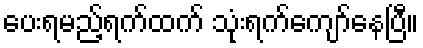
ပေးရမည့်ရက်ထက် သုံးရက်ကျော်နေပြီ။